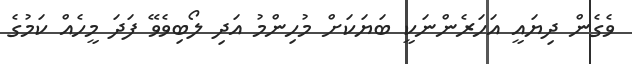
ވެގެން ދިޔައީ އަހަރެންނަކީ ބަޔަކަށް މުހިންމު އަދި ލޯބިވެވޭ ފަދަ މީހެއް ކަމުގެ